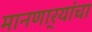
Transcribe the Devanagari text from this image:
मानणार्‍यांचा